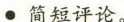
·简短评论。